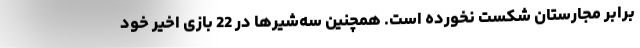
برابر مجارستان شکست نخورده است. همچنین سه‌شیرها در 22 بازی اخیر خود